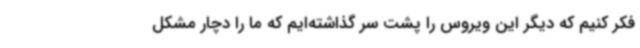
فکر کنیم که دیگر این ویروس را پشت سر گذاشته‌ایم که ما را دچار مشکل